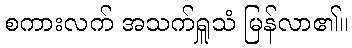
စကားလက် အသက်ရှူသံ မြန်လာ၏။